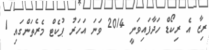
ރިޒާ އެ ރިކޯޑް ހަދާފައިވަނީ 2014 ވަނަ އަހަރު ޕުކެޓް މެރެތަންގައި 1